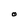
Character: O